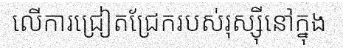
លើការជ្រៀតជ្រែករបស់រុស្ស៊ីនៅក្នុង